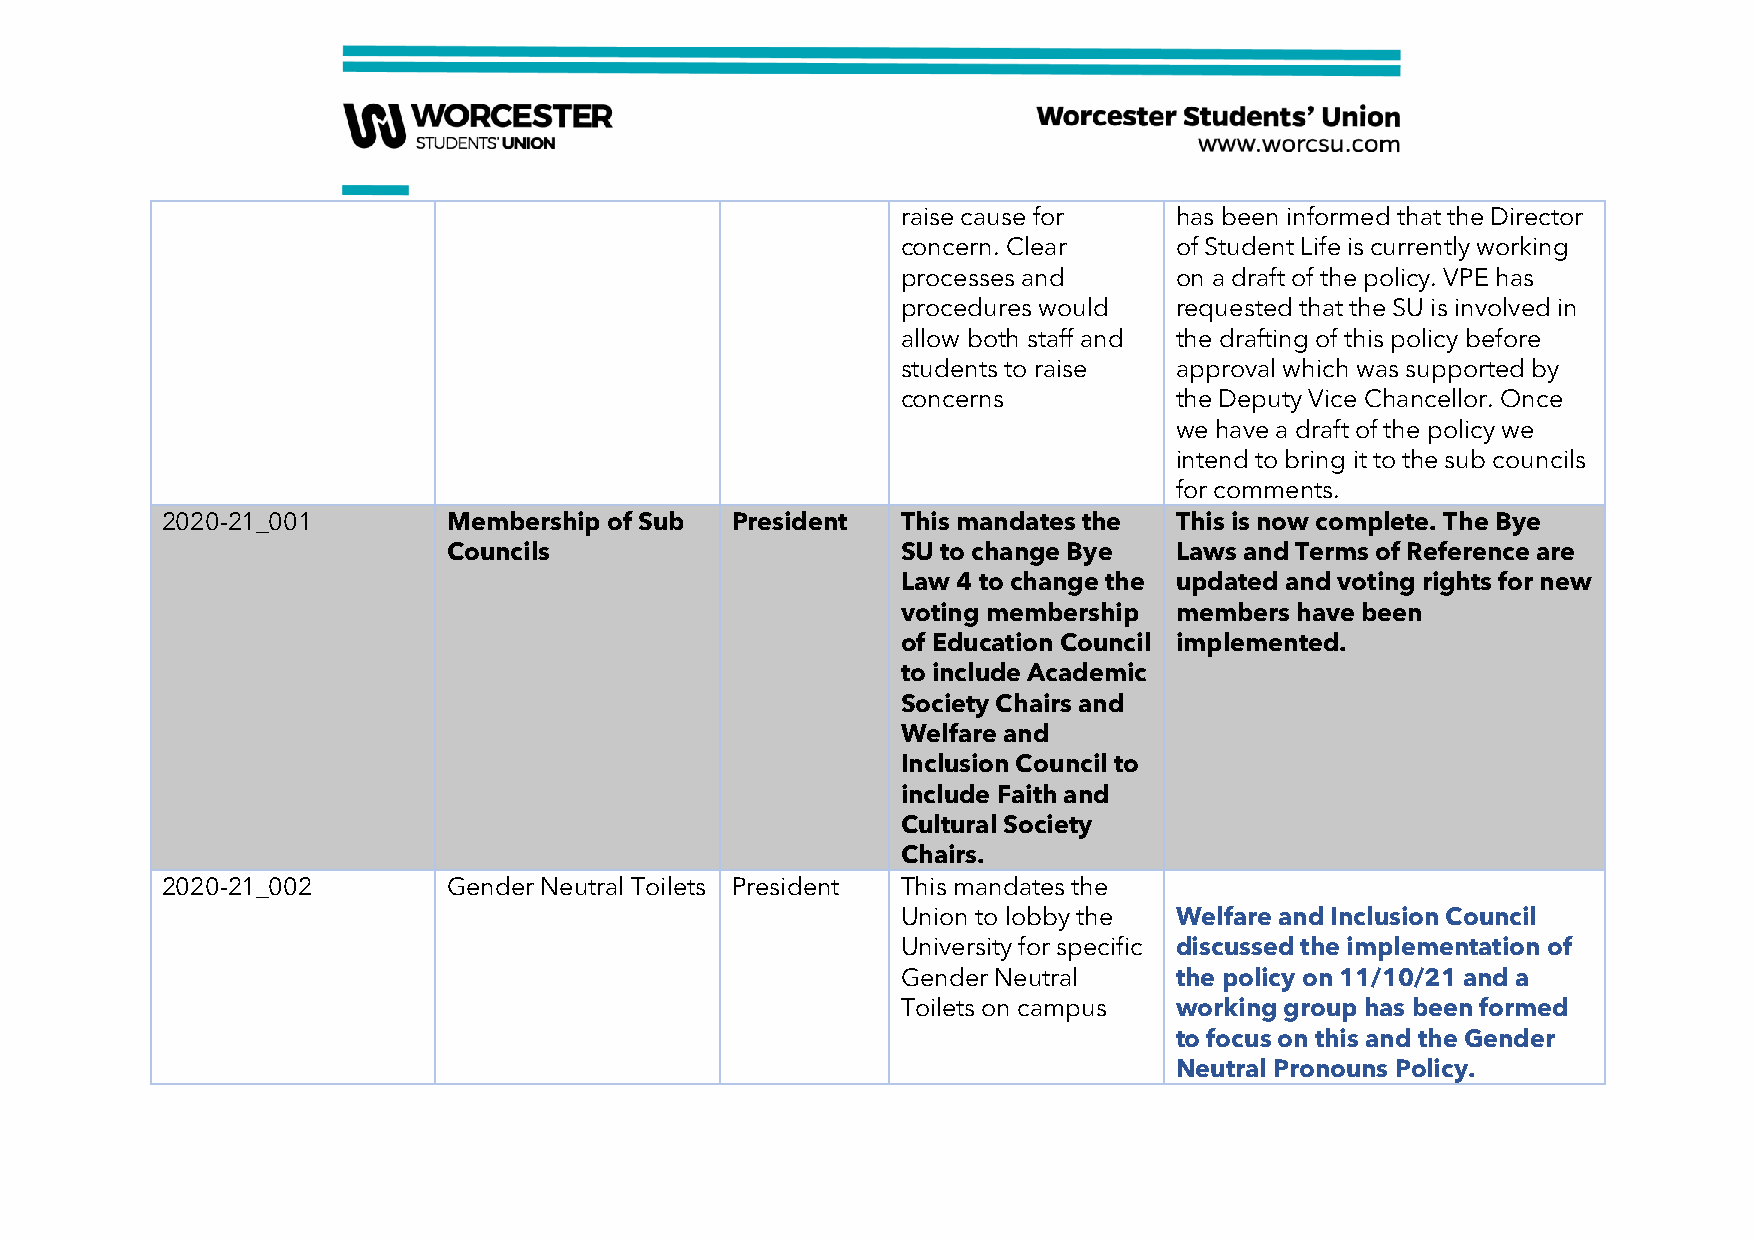
raise cause for   has been informed that the Director
 concern. Clear    of Student Life is currently working
 processes and     on a draft of the policy. VPE has
 procedures would  requested that the SU is involved in
 allow both staff and the drafting of this policy before
 students to raise approval which was supported by
 concerns          the Deputy Vice Chancellor. Once
 we have a draft of the policy we
 intend to bring it to the sub councils
 for comments.
 2020-21_001        Membership of Sub President   This mandates the This is now complete. The Bye
 Councils                      SU to change Bye  Laws and Terms of Reference are
 Law 4 to change the updated and voting rights for new
 voting membership members have been
 of Education Council implemented.
 to include Academic
 Society Chairs and
 Welfare and
 Inclusion Council to
 include Faith and
 Cultural Society
 Chairs.
 2020-21_002        Gender Neutral Toilets President This mandates the
 Union to lobby the Welfare and Inclusion Council
 University for specific discussed the implementation of
 Gender Neutral    the policy on 11/10/21 and a
 Toilets on campus working group has been formed
 to focus on this and the Gender
 Neutral Pronouns Policy.